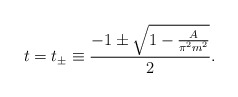
\begin{align*}t=t_{\pm}\equiv \frac{-1\pm \sqrt{1-\frac{A}{\pi^2 m^2}}}{2}.\end{align*}